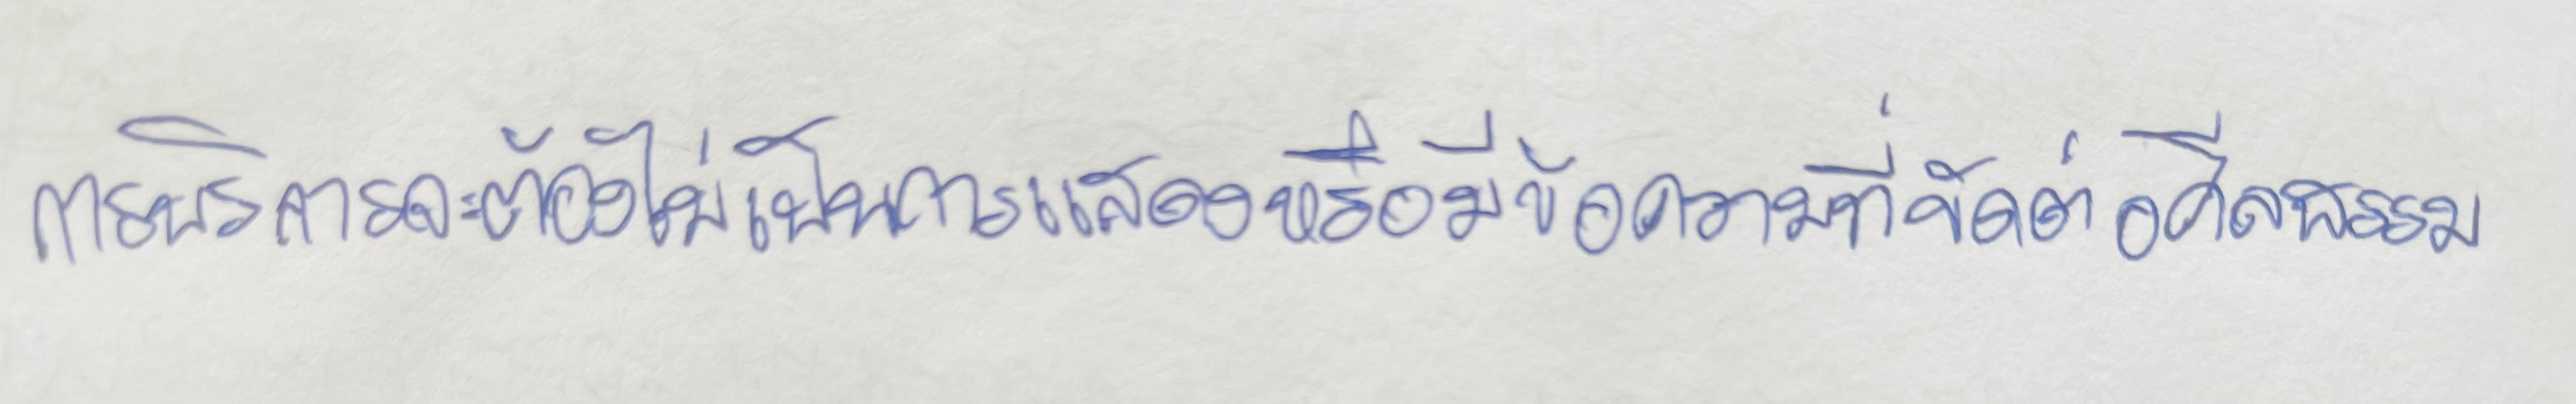
การบริการจะต้องไม่เป็นการแสดงหรือมีข้อความที่ขัดต่อศีลธรรม